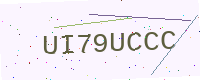
Text: UI79UCCC